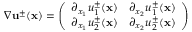
\nabla { \mathbf u } ^ { \pm } ( { \mathbf x } ) = \left( \begin{array} { l l } { \partial _ { x _ { 1 } } u _ { 1 } ^ { \pm } ( { \mathbf x } ) } & { \partial _ { x _ { 2 } } u _ { 1 } ^ { \pm } ( { \mathbf x } ) } \\ { \partial _ { x _ { 1 } } u _ { 2 } ^ { \pm } ( { \mathbf x } ) } & { \partial _ { x _ { 2 } } u _ { 2 } ^ { \pm } ( { \mathbf x } ) } \end{array} \right)